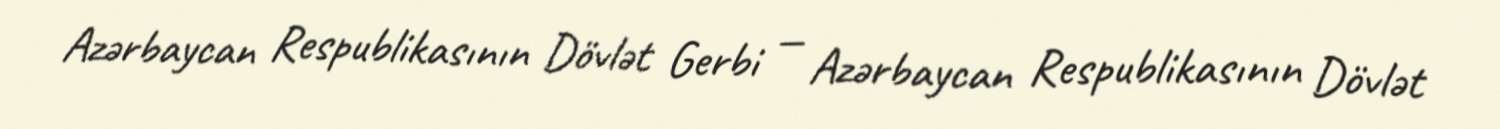
Azərbaycan Respublikasının Dövlət Gerbi — Azərbaycan Respublikasının Dövlət